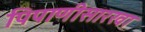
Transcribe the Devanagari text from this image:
पिपाणीसारखा